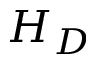
H _ { D }